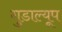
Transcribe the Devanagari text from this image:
गुडाल्यूप